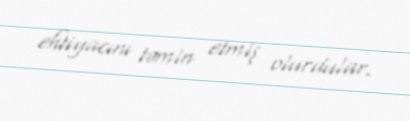
ehtiyacını təmin etmiş olurdular.